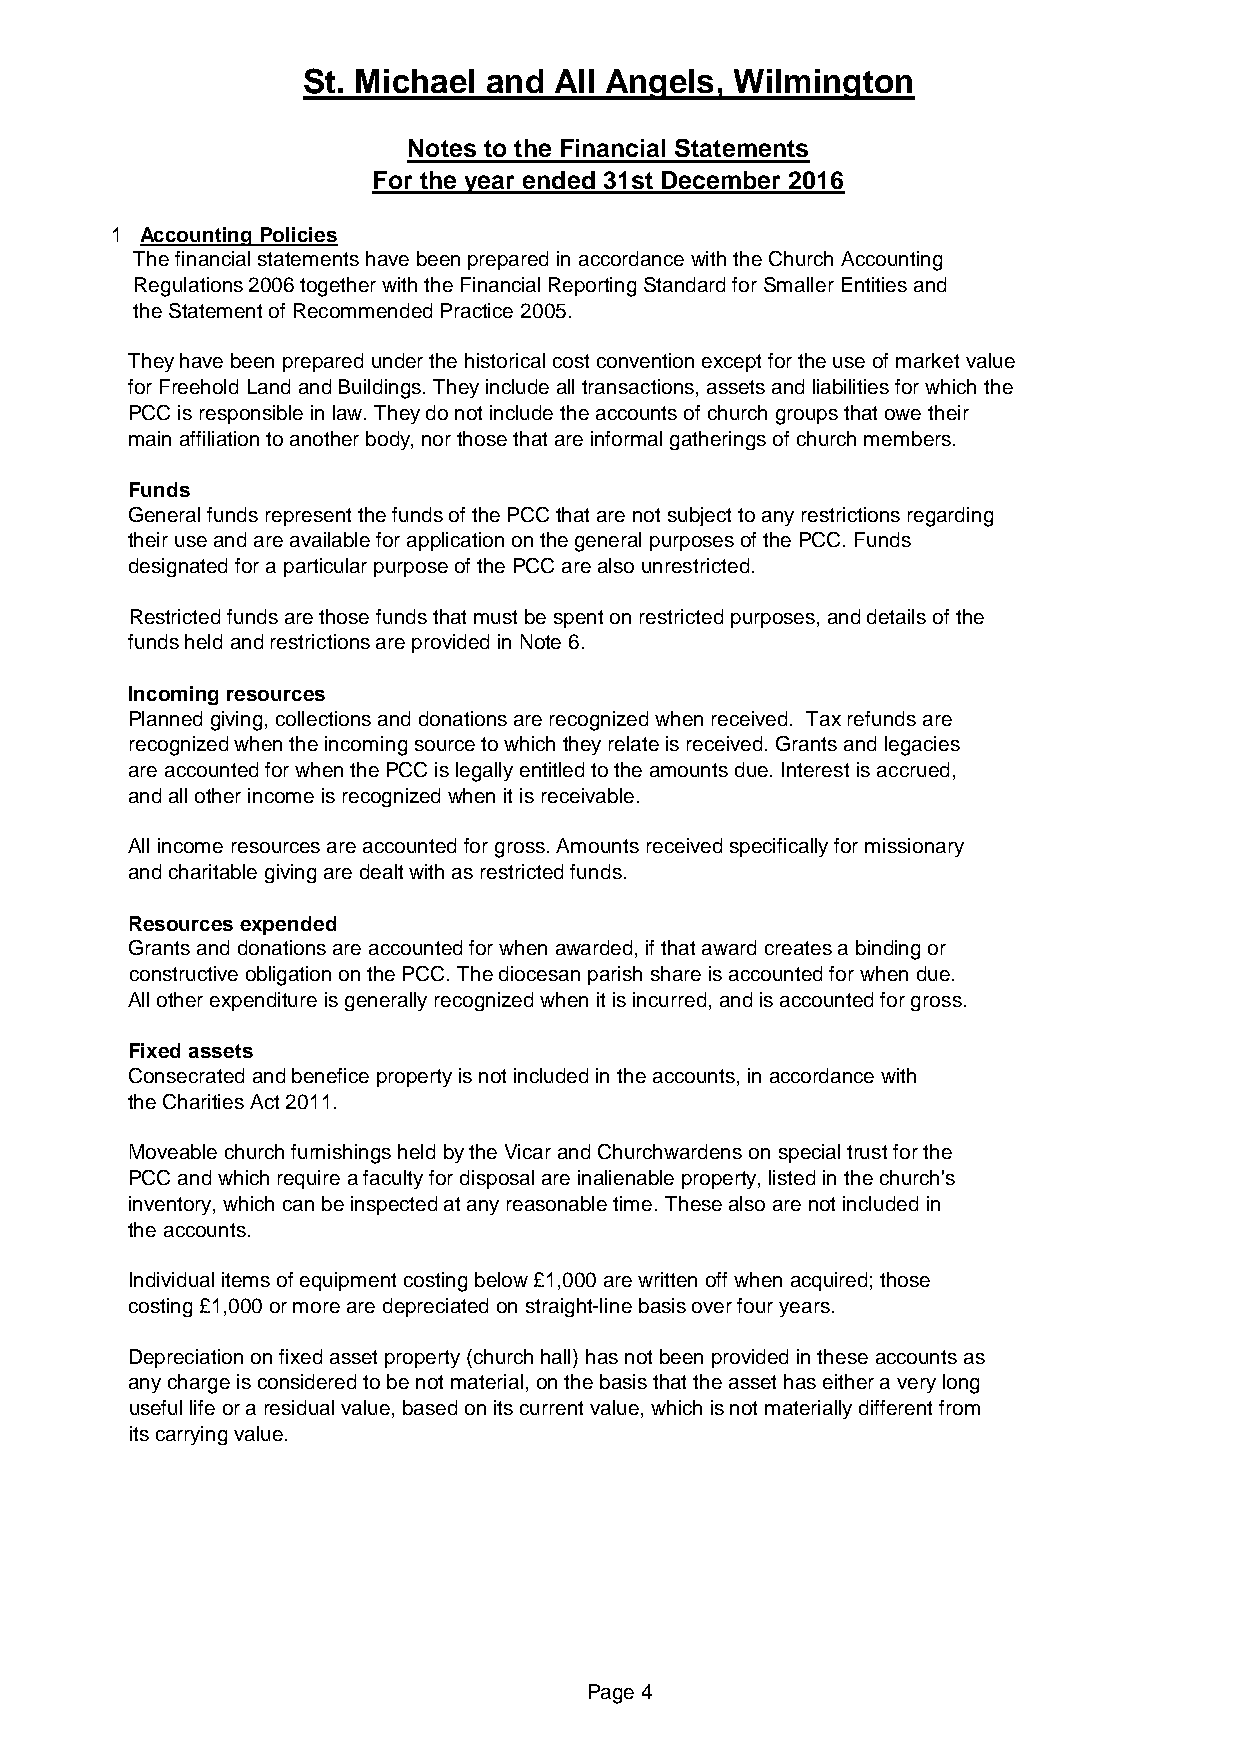
St. Michael and  All Angels, Wilmington
 Notes to the Financial Statements
 For the year ended 31st December 2016
 1 Accounting Policies
 The financial statements have been prepared in accordance with the Church Accounting
 Regulations 2006 together with the Financial Reporting Standard for Smaller Entities and
 the Statement of Recommended Practice 2005.
 They have been prepared under the historical cost convention except for the use of market value
 for Freehold Land and Buildings. They include all transactions, assets and liabilities for which the
 PCC is responsible in law. They do not include the accounts of church groups that owe their
 main affiliation to another body, nor those that are informal gatherings of church members.
 Funds
 General funds represent the funds of the PCC that are not subject to any restrictions regarding
 their use and are available for application on the general purposes of the PCC. Funds
 designated for a particular purpose of the PCC are also unrestricted.
 Restricted funds are those funds that must be spent on restricted purposes, and details of the
 funds held and restrictions are provided in Note 6.
 Incoming resources
 Planned giving, collections and donations are recognized when received. Tax refunds are
 recognized when the incoming source to which they relate is received. Grants and legacies
 are accounted for when the PCC is legally entitled to the amounts due. Interest is accrued,
 and all other income is recognized when it is receivable.
 All income resources are accounted for gross. Amounts received specifically for missionary
 and charitable giving are dealt with as restricted funds.
 Resources expended
 Grants and donations are accounted for when awarded, if that award creates a binding or
 constructive obligation on the PCC. The diocesan parish share is accounted for when due.
 All other expenditure is generally recognized when it is incurred, and is accounted for gross.
 Fixed assets
 Consecrated and benefice property is not included in the accounts, in accordance with
 the Charities Act 2011.
 Moveable church furnishings held by the Vicar and Churchwardens on special trust for the
 PCC and which require a faculty for disposal are inalienable property, listed in the church's
 inventory, which can be inspected at any reasonable time. These also are not included in
 the accounts.
 Individual items of equipment costing below £1,000 are written off when acquired; those
 costing £1,000 or more are depreciated on straight-line basis over four years.
 Depreciation on fixed asset property (church hall) has not been provided in these accounts as
 any charge is considered to be not material, on the basis that the asset has either a very long
 useful life or a residual value, based on its current value, which is not materially different from
 its carrying value.
 Page 4